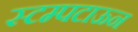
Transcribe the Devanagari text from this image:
स्टम्पटाऊन